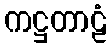
ကဋ္ဌတာဠံ